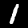
Label: 1